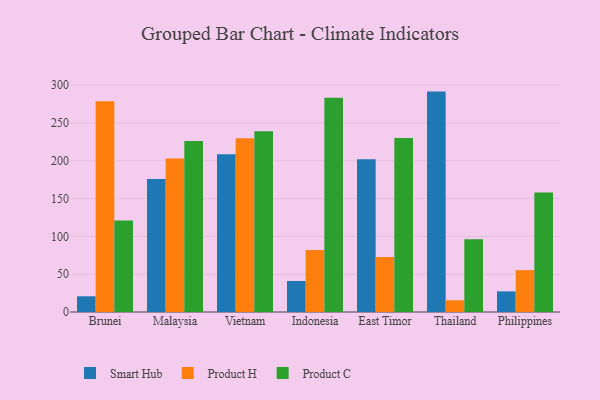
{"axis": {"x": "Country", "y": "Shipments"}, "legend": ["Product C", "Product H", "Smart Hub"], "data": [{"x": "Brunei", "y": 20.8, "type": "Smart Hub"}, {"x": "Brunei", "y": 278.8, "type": "Product H"}, {"x": "Brunei", "y": 121.2, "type": "Product C"}, {"x": "Malaysia", "y": 176.0, "type": "Smart Hub"}, {"x": "Malaysia", "y": 203.2, "type": "Product H"}, {"x": "Malaysia", "y": 226.2, "type": "Product C"}, {"x": "Vietnam", "y": 208.8, "type": "Smart Hub"}, {"x": "Vietnam", "y": 229.9, "type": "Product H"}, {"x": "Vietnam", "y": 239.2, "type": "Product C"}, {"x": "Indonesia", "y": 41.0, "type": "Smart Hub"}, {"x": "Indonesia", "y": 81.9, "type": "Product H"}, {"x": "Indonesia", "y": 283.5, "type": "Product C"}, {"x": "East Timor", "y": 202.2, "type": "Smart Hub"}, {"x": "East Timor", "y": 72.7, "type": "Product H"}, {"x": "East Timor", "y": 230.2, "type": "Product C"}, {"x": "Thailand", "y": 291.6, "type": "Smart Hub"}, {"x": "Thailand", "y": 15.6, "type": "Product H"}, {"x": "Thailand", "y": 96.4, "type": "Product C"}, {"x": "Philippines", "y": 27.3, "type": "Smart Hub"}, {"x": "Philippines", "y": 55.4, "type": "Product H"}, {"x": "Philippines", "y": 158.0, "type": "Product C"}]}